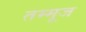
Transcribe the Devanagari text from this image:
तम्मूज